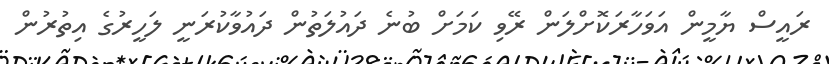
ރައީސް ޔާމީން އަވަހާރަކޮށްލަން ރޭވި ކަމަށް ބުނެ ދައުލަތުން ދައުވާކުރަނީ ލަހީރުގެ އިތުރުން